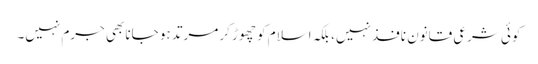
کوئی شرعی قانون نافذ نہیں، بلکہ اسلام کو چھوڑ کر مرتد ہو جانا بھی جرم نہیں۔